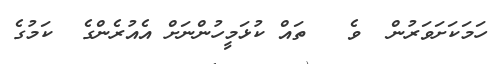
ހަމަކަށަވަރުން  ވެ   ތައް ކުޅަމީހުންނަށް އެއުރެންގެ  ކަމުގެ